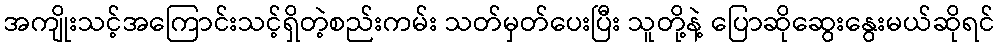
အကျိုးသင့်အကြောင်းသင့်ရှိတဲ့စည်းကမ်း သတ်မှတ်ပေးပြီး သူတို့နဲ့ ပြောဆိုဆွေးနွေးမယ်ဆိုရင်